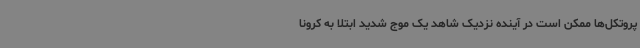
پروتکل‌ها ممکن است در آینده نزدیک شاهد یک موج شدید ابتلا به کرونا